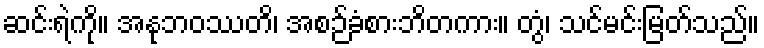
ဆင်းရဲကို။ အနုဘဝဿတိ၊ အစဉ်ခံစားဘိတကား။ တွံ၊ သင်မင်းမြတ်သည်။